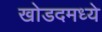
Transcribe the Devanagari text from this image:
खोडदमध्ये